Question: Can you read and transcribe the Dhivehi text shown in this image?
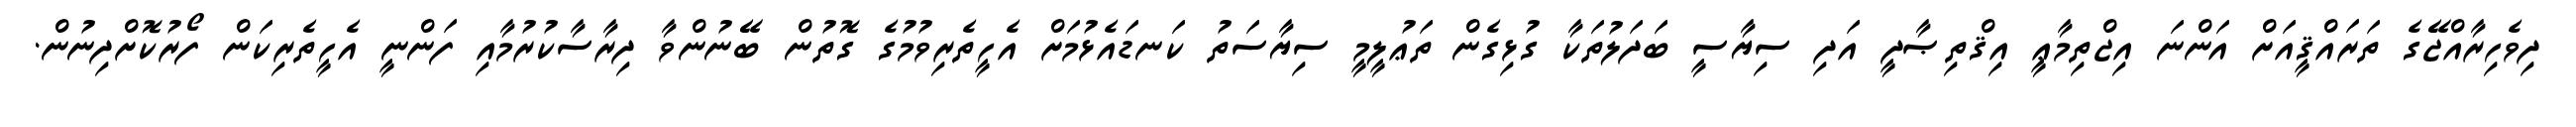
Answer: ދިވެހިރާއްޖޭގެ ތަރައްޤީއަށް އަންނަ އިޖްތިމާޢީ އިޤްތިޞާދީ އަދި ސިޔާސީ ބަދަލުތަކާ ގުޅިގެން ތަޢުލީމީ ސިޔާސަތު ކަނޑައެޅުމަށް އެހީތެރިވުމުގެ ގޮތުން ބޭނުންވާ ދިރާސާކުރުމާއި ފަންނީ އެހީތެރިކަން ފޯރުކޮށްދިނުން.